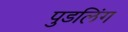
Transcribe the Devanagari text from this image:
पुडलिंग